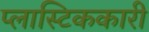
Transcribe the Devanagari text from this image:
प्लास्टिककारी